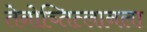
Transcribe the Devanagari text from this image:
तेनोच्तित्लानला